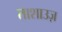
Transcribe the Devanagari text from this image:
ताशाउज़